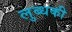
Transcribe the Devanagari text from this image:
लुब्धकी